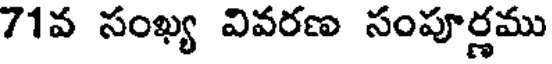
71వ సంఖ్య వివరణ సంపూర్ణము